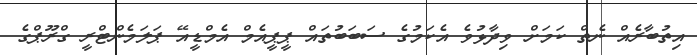
އިތުބާރެއް ނެތް ކަމަށް ވިދާޅުވެ އެކަމުގެ ސަބަބުތައް ޕީޕީއެމް އެމްޑީއޭ ޕަލަމެންޓްރީ ގްރޫޕްގެ